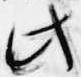
此